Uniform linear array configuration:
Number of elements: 48
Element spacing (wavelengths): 0.5
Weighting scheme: cosine
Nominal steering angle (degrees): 60
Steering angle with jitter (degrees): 61.907
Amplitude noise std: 0.05
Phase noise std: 0.05

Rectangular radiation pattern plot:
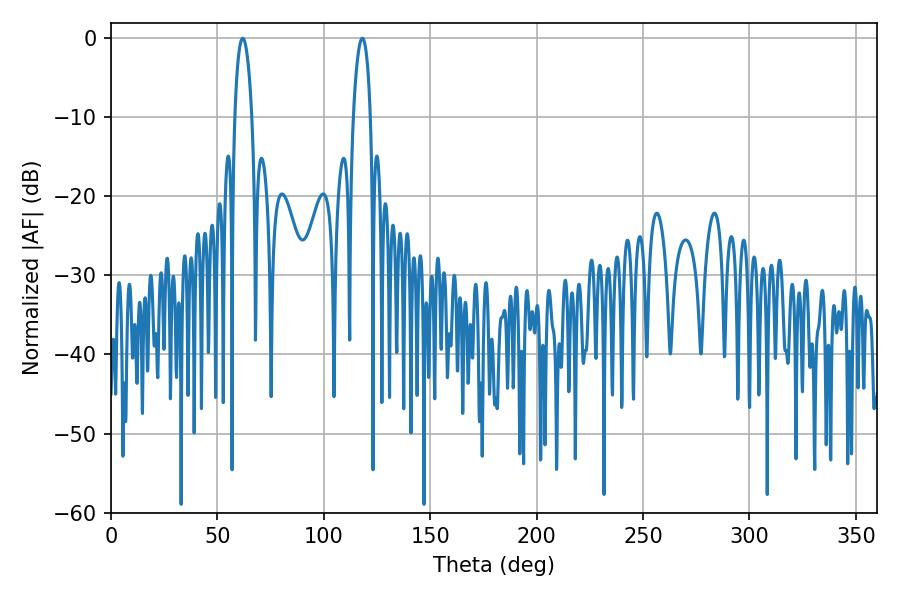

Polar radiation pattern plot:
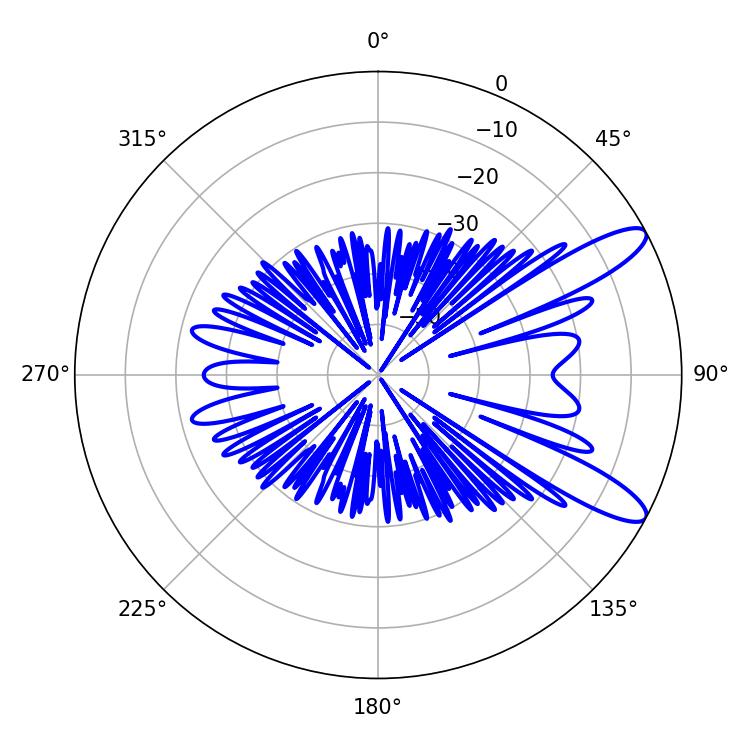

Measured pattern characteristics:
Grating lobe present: FALSE
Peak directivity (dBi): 11.075
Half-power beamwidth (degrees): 4.5
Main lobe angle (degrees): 61.92